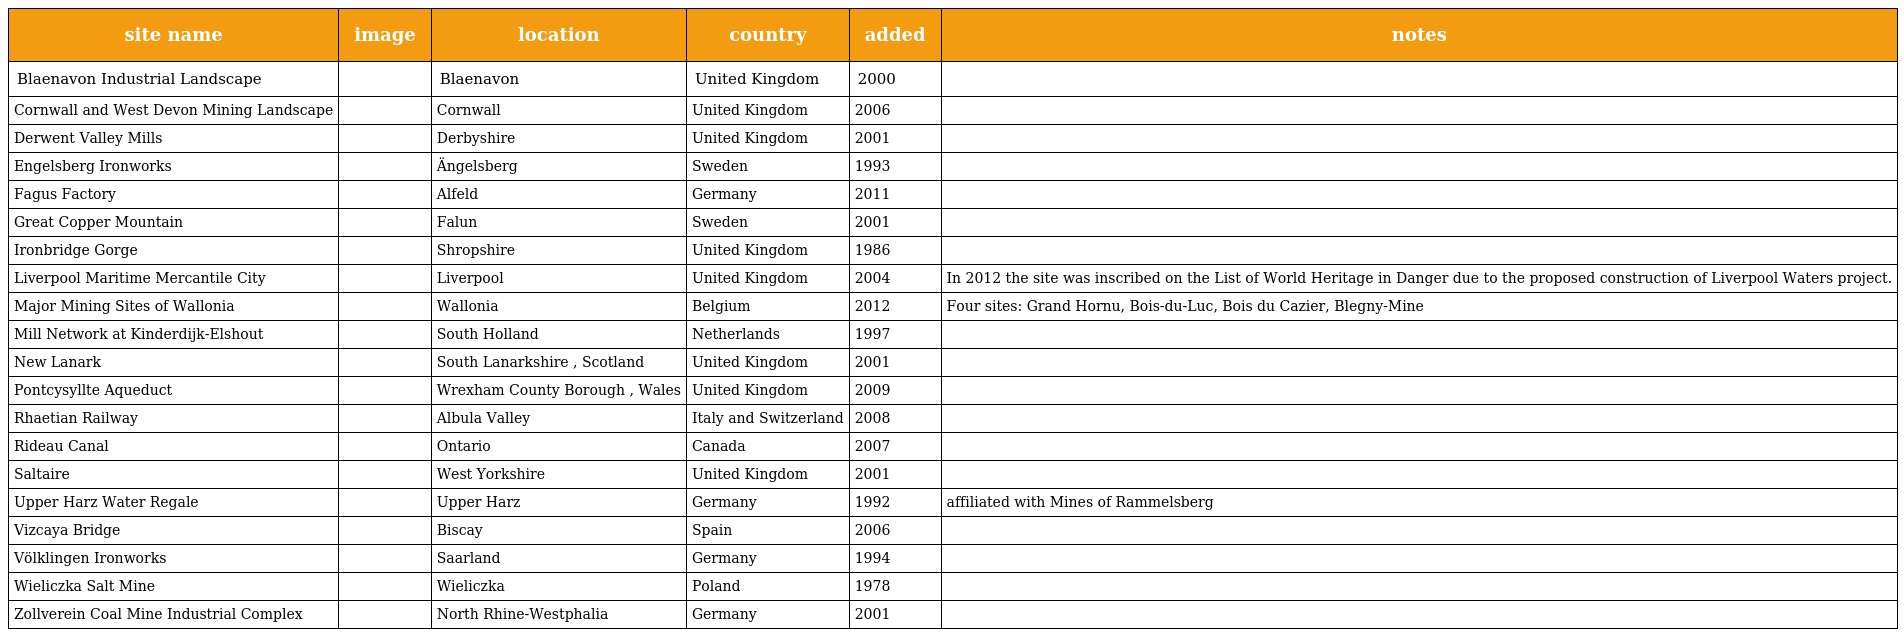
| site name | image | location | country | added | notes |
 | --- | --- | --- | --- | --- | --- |
 | Blaenavon Industrial Landscape |  | Blaenavon | United Kingdom | 2000 |  |
 | Cornwall and West Devon Mining Landscape |  | Cornwall | United Kingdom | 2006 |  |
 | Derwent Valley Mills |  | Derbyshire | United Kingdom | 2001 |  |
 | Engelsberg Ironworks |  | Ängelsberg | Sweden | 1993 |  |
 | Fagus Factory |  | Alfeld | Germany | 2011 |  |
 | Great Copper Mountain |  | Falun | Sweden | 2001 |  |
 | Ironbridge Gorge |  | Shropshire | United Kingdom | 1986 |  |
 | Liverpool Maritime Mercantile City |  | Liverpool | United Kingdom | 2004 | In 2012 the site was inscribed on the List of World Heritage in Danger due to the proposed construction of Liverpool Waters project. |
 | Major Mining Sites of Wallonia |  | Wallonia | Belgium | 2012 | Four sites: Grand Hornu, Bois-du-Luc, Bois du Cazier, Blegny-Mine |
 | Mill Network at Kinderdijk-Elshout |  | South Holland | Netherlands | 1997 |  |
 | New Lanark |  | South Lanarkshire , Scotland | United Kingdom | 2001 |  |
 | Pontcysyllte Aqueduct |  | Wrexham County Borough , Wales | United Kingdom | 2009 |  |
 | Rhaetian Railway |  | Albula Valley | Italy and Switzerland | 2008 |  |
 | Rideau Canal |  | Ontario | Canada | 2007 |  |
 | Saltaire |  | West Yorkshire | United Kingdom | 2001 |  |
 | Upper Harz Water Regale |  | Upper Harz | Germany | 1992 | affiliated with Mines of Rammelsberg |
 | Vizcaya Bridge |  | Biscay | Spain | 2006 |  |
 | Völklingen Ironworks |  | Saarland | Germany | 1994 |  |
 | Wieliczka Salt Mine |  | Wieliczka | Poland | 1978 |  |
 | Zollverein Coal Mine Industrial Complex |  | North Rhine-Westphalia | Germany | 2001 |  |